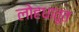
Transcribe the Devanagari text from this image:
लोहधातूत